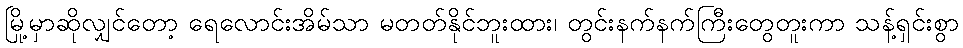
မြို့မှာဆိုလျှင်တော့ ရေလောင်းအိမ်သာ မတတ်နိုင်ဘူးထား၊ တွင်းနက်နက်ကြီးတွေတူးကာ သန့်ရှင်းစွာ